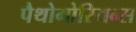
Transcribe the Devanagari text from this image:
पैथोगोरियन्स